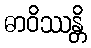
ဓာဝိဿန္တိ